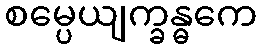
စမ္ပေယျက္ခန္ဓကေ